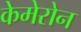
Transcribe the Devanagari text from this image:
केमेरोन